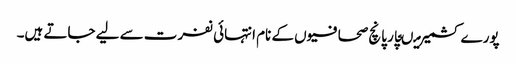
پورے کشمیر میںچار پانچ صحافیوں کے نام انتہائی نفرت سے لیے جاتے ہیں۔